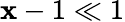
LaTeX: \mathbf{x}-1\ll1